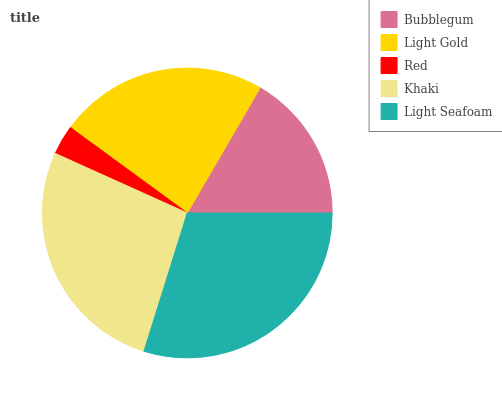
| Bubblegum | Light Gold | Red | Khaki | Light Seafoam |
 | --- | --- | --- | --- | --- |
 | 16.6% | 23.4% | 3.31% | 26.9% | 29.8% |